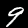
Digit: 9